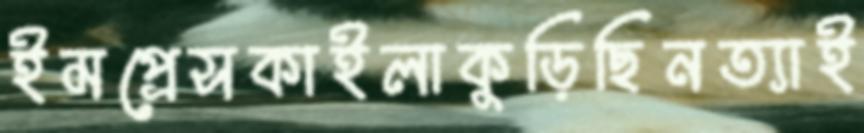
ইমপ্রেসকাইলাকুড়িছিনত্যাই